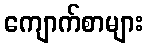
ကျောက်စာများ